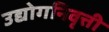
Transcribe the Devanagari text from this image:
उद्योगनिवृत्ती